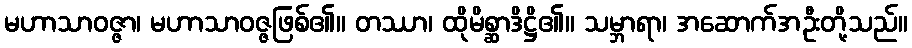
မဟာသာဝဇ္ဇာ၊ မဟာသာဝဇ္ဇဖြစ်၏။ တဿာ၊ ထိုမိစ္ဆာဒိဋ္ဌိ၏။ သမ္ဘာရာ၊ အဆောက်အဦးတို့သည်။